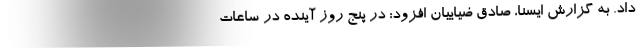
داد. به گزارش ایسنا، صادق ضیاییان افزود: در پنج روز آینده در ساعات